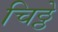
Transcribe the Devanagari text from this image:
चिठ्ठे